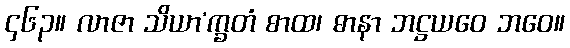
၄၆၃။ လာဇာ သိယာ’က္ခတံ စာထ၊ ဓာနာ ဘဋ္ဌယဝေ ဘဝေ။